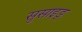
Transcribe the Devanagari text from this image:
सुसाइड्